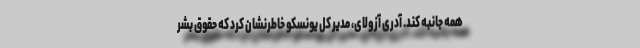
همه جانبه کند. آدری آزولای، مدیر کل یونسکو خاطرنشان کرد که حقوق بشر